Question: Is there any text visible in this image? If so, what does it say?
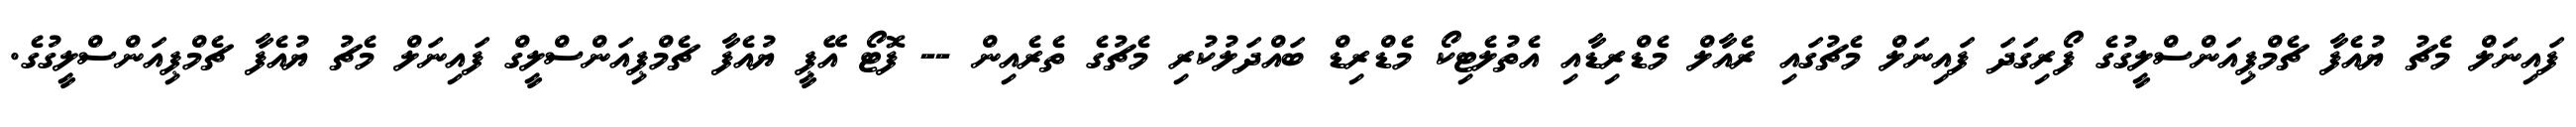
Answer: ފައިނަލް މެޗު ޔުއެފާ ޗެމްޕިއަންސްލީގުގެ ފޯރިގަދަ ފައިނަލް މެޗުގައި ރެއާލް މެޑްރިޑާއި އެތުލެޓިކޯ މެޑްރިޑް ބައްދަލުކުރި މެޗުގެ ތެރެއިން -- ފޮޓޯ އޭޕީ ޔުއެފާ ޗެމްޕިއަންސްލީގް ފައިނަލް މެޗު ޔުއެފާ ޗެމްޕިއަންސްލީގުގެ.